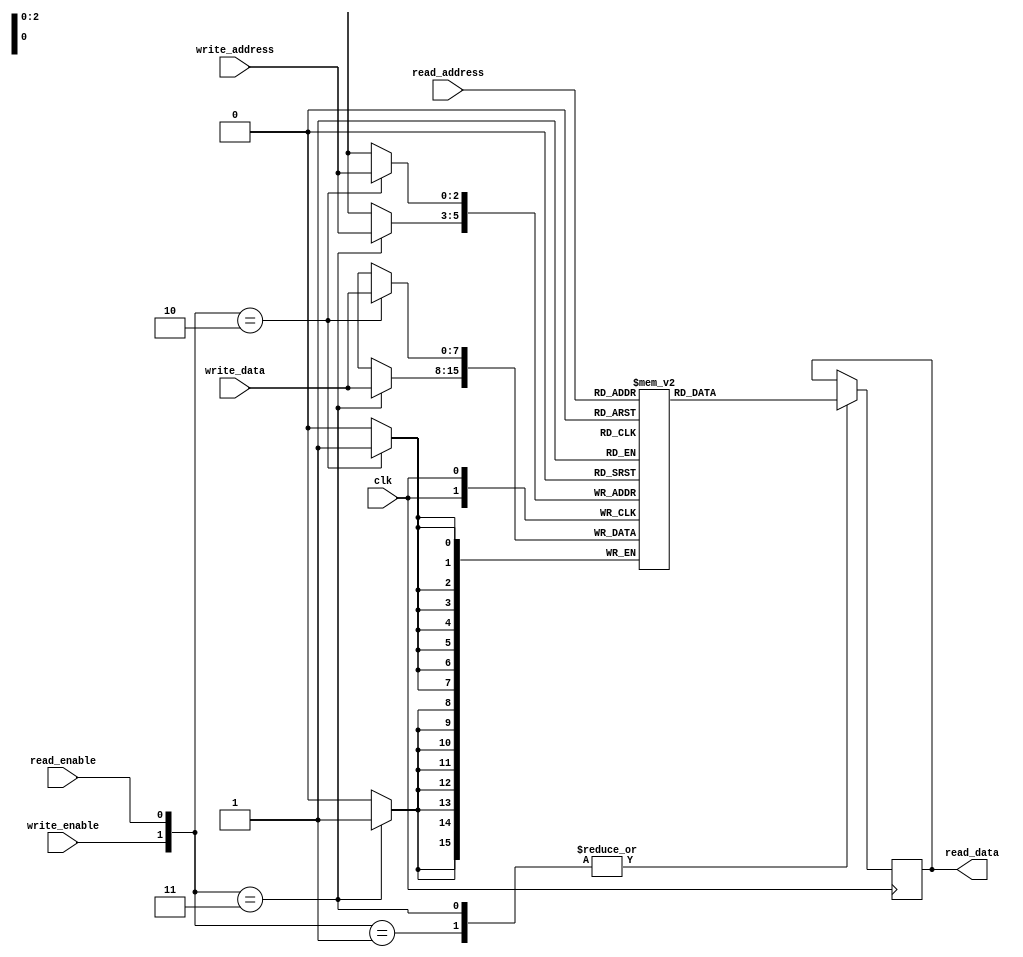
`timescale 1ns / 1ps
//////////////////////////////////////////////////////////////////////////////////
// Company: 
// Engineer: 
// 
// Design Name: 
// Module Name: 2_port_mem
// Project Name: 
// Target Devices: 
// Tool Versions: 
// Description: 
// 
// Dependencies: 
// 
// Revision:
// Revision 0.01 - File Created
// Additional Comments:
// 
//////////////////////////////////////////////////////////////////////////////////


module two_port_mem(    input clk,
                        input read_enable,
                        input write_enable,
                        input [2:0] read_address,  // 8bits
                        input [2:0] write_address, // 8bits
                        input [7:0] write_data,    // 8bits
                        output reg [7:0] read_data     // 8bits
    );

reg  [7 : 0] fifo_ram [0 : 7];   // 8location each is 8 bits

always @ (posedge clk)
    begin
        case ({write_enable, read_enable})
            2'b10: fifo_ram[write_address] <= write_data;  // Write
            2'b01: read_data <= fifo_ram [read_address];    // Read
            2'b11: begin                                    // Read and Write
                    fifo_ram [write_address] <= write_data; 
                    read_data <= fifo_ram [read_address];    
                end
        endcase
    end
endmodule